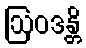
ဩဝဒန္တိ